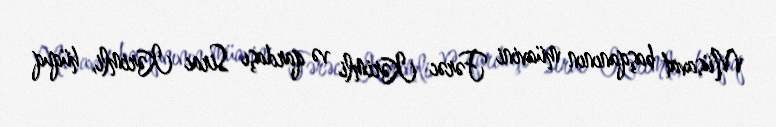
Müsavat başqanının müavini Fərəc Kərimli və qardaşı Sirac Kərimli, hüquq